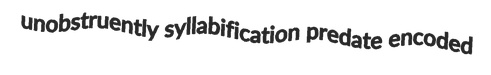
unobstruently syllabification predate encoded